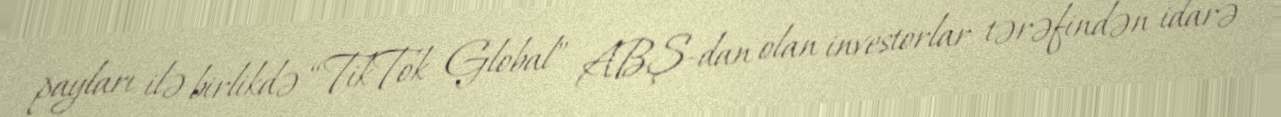
payları ilə birlikdə “TikTok Global” ABŞ-dan olan investorlar tərəfindən idarə